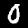
Digit: 0